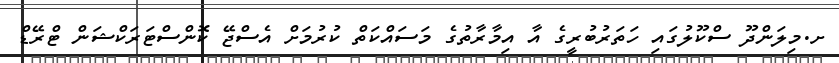
ށ.މިލަންދޫ ސްކޫލުގައި ހަތަރުބުރީގެ އާ އިމާރާތުގެ މަސައްކަތް ކުރުމަށް އެސްޖޭ ކޮންސްޓަރަކްޝަން ޓްރޭޑް